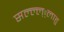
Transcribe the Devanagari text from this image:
सल्ल्ल््लाहु